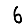
Digit: 6